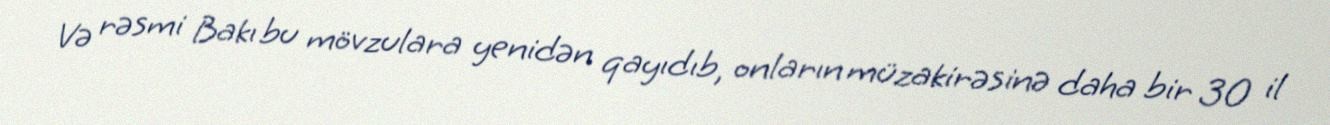
Və rəsmi Bakı bu mövzulara yenidən qayıdıb, onların müzakirəsinə daha bir 30 il